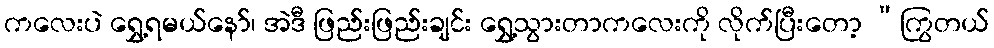
ကလေးပဲ ရွှေ့ရမယ်နော်၊ အဲဒီ ဖြည်းဖြည်းချင်း ရွှေ့သွားတာကလေးကို လိုက်ပြီးတော့ “ကြွတယ်